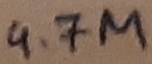
Text: 4.7M